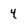
Character: 4